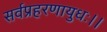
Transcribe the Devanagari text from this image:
सर्वप्रहरणायुधः।।